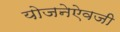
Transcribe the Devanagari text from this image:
योजनेऐवजी